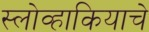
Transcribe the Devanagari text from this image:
स्लोव्हाकियाचे